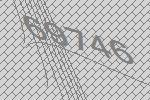
69746